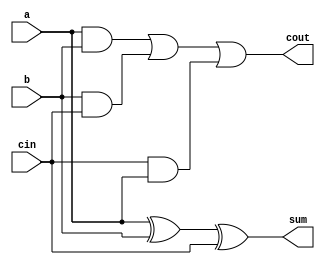
`timescale 1ns / 1ps
//////////////////////////////////////////////////////////////////////////////////
// Company: 
// Engineer: 
// 
// Design Name: 
// Module Name:    two_bit_adder 
// Project Name: 
// Target Devices: 
// Tool versions: 
// Description: 
//
// Dependencies: 
//
// Revision: 
// Revision 0.01 - File Created
// Additional Comments: 
//
//////////////////////////////////////////////////////////////////////////////////
module full_adder(a,b,cin,sum,cout
    );
input a,b,cin;
output sum,cout;
wire sum,cout;

assign sum = a^b^cin;
assign cout = (a&b)|(b&cin)|(cin&a);
endmodule

module two_bit_adder(a,b, sum, cout
    );
input [1:0]a;
input [1:0]b;

output [1:0] sum;
output cout;
wire [1:0] sum;
wire cout;

wire c_intermediate;

full_adder FA0 (a[0], b[0], 1'b0, sum[0], c_intermediate);
full_adder FA1 (a[1], b[1], c_intermediate, sum[1], cout);


endmodule